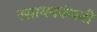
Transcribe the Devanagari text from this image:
रसायनकंपनी